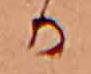
か